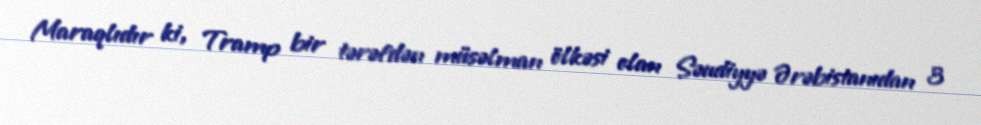
Maraqlıdır ki, Tramp bir tərəfdən müsəlman ölkəsi olan Səudiyyə Ərəbistanıdan 3